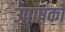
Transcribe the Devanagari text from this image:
उपाषकों